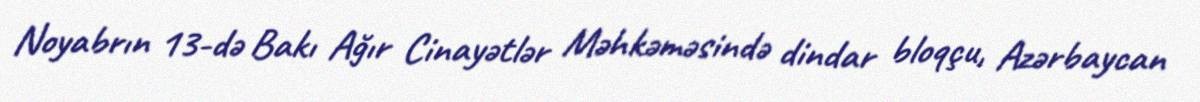
Noyabrın 13-də Bakı Ağır Cinayətlər Məhkəməsində dindar bloqçu, Azərbaycan